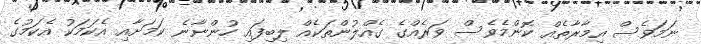
ނަމަވެސް އިމާރާތެއް ކޮންމެވެސް ވަރެއްގެ ގެއްލުންތަކެއް ލިބިފައި ހުންނާނެ ކަމަށާއި އެކަމަކު އެކަމުގެ